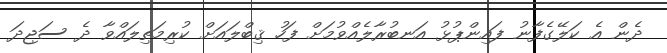
ދެން އެ ކަލޭގެފާނު ފައިންޕުޅު އަނބުރާލެއްވުމަށް ފަހު ޤިބްލައަށް ކުރިމަތިލައްވާ ދެ ސަޖިދަ